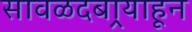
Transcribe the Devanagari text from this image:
सावळदबार्‍याहून